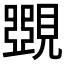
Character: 𧡸